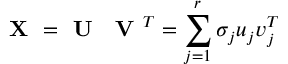
\textbf { X } = \textbf { U } { \bf \Sigma } \textbf { V } ^ { T } = \sum _ { j = 1 } ^ { r } \sigma _ { j } u _ { j } v _ { j } ^ { T }